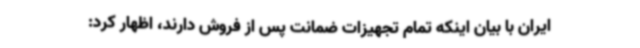
ایران با بیان اینکه تمام تجهیزات ضمانت پس از فروش دارند، اظهار کرد: